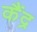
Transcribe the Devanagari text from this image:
कैंद्र